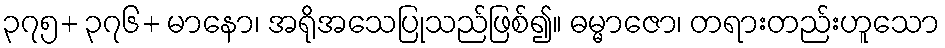
၃၇၅+ ၃၇၆+ မာနော၊ အရိုအသေပြုသည်ဖြစ်၍။ ဓမ္မာဇော၊ တရားတည်းဟူသော